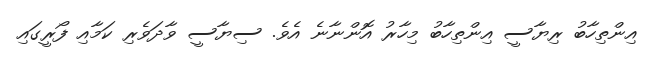
އިންތިހާބު ރިޔާސީ އިންތިހާބު މިހާރު އޮންނާނެ އެވެ. ސިޔާސީ ވާދަވެރި ކަމާއި ފޯރީގައި